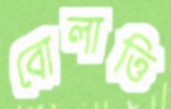
বোলাত্তি